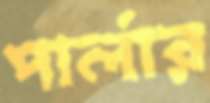
পার্লার